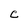
Character: C